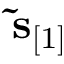
\ensuremath { \mathbf { \tilde { s } } } _ { [ 1 ] }